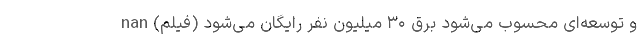
و توسعه‌ای محسوب می‌شود برق ۳۰ میلیون نفر رایگان می‌شود (فیلم) nan